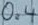
Text: 0.4